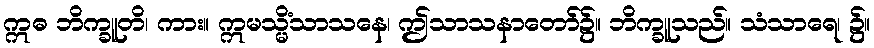
ဣဓ ဘိက္ခူတိ၊ ကား။ ဣမသ္မိံသာသနေ၊ ဤသာသနာတော်၌။ ဘိက္ခူသည်။ သံသာရေ၊ ၌။